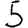
Digit: 5